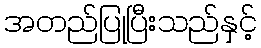
အတည်ပြုပြီးသည်နှင့်